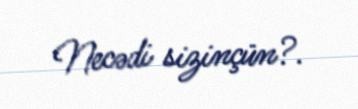
Necədi sizinçün?.